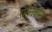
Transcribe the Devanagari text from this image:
रोसेनबॉम